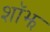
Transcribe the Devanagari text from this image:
शॉझ